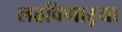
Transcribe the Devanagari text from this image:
लढविणाऱ्या